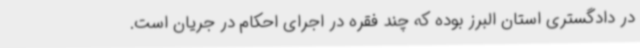
در دادگستری استان البرز بوده که چند فقره در اجرای احکام در جریان است.